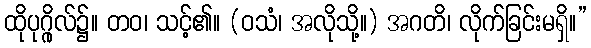
ထိုပုဂ္ဂိုလ်၌။ တဝ၊ သင့်၏။ (ဝသံ၊ အလိုသို့။) အဂတိ၊ လိုက်ခြင်းမရှိ။”